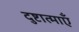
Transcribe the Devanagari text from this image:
दुष्टात्माएँ